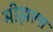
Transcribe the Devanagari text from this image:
मीझल्स